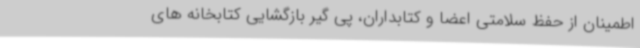
اطمینان از حفظ سلامتی اعضا و کتابداران، پی گیر بازگشایی کتابخانه های